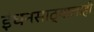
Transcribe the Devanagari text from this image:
इंधनसाठ्यालाही